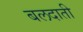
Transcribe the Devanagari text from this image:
बलदाती